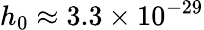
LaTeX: h_{0}\approx 3.3\times 10^{-29}